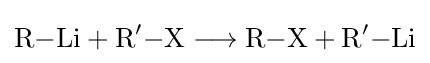
{\mathrm {R} {-}\mathrm {Li} {}+{}\mathrm {R} {\vphantom {A}}^{\prime }{-}\mathrm {X} {}\mathrel {\longrightarrow } {}\mathrm {R} {-}\mathrm {X} {}+{}\mathrm {R} {\vphantom {A}}^{\prime }{-}\mathrm {Li} }